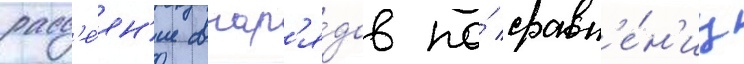
расс'е́ян'ие снар'я́дов по́ сравн'е́н'иу